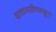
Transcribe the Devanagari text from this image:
बारामतीपासून